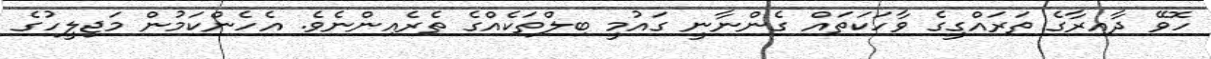
ހޮވޭ ދާއިރާގެ ތަރައްގީގެ ވާހަކަތައް ގެންނާނީ ގައުމީ ބިލްތަކެއްގެ ތެރެއިންނެވެ. އެހެންކަމުން މަޖިލީހުގެ